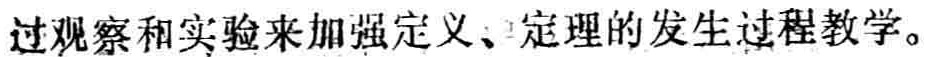
过观察和实验来加强定义、定理的发生过程教学。